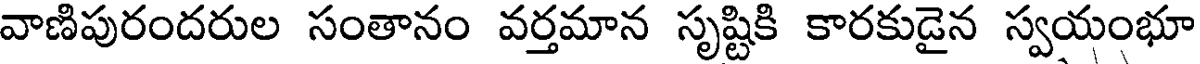
వాణిపురందరుల సంతానం వర్తమాన సృష్టికి కారకుడైన స్వయంభూ